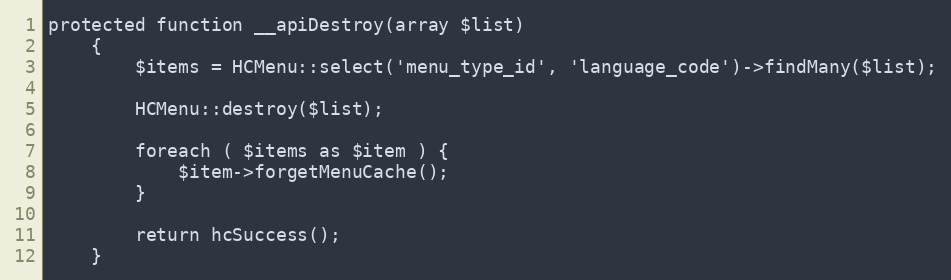
Language: PHP
protected function __apiDestroy(array $list)
    {
        $items = HCMenu::select('menu_type_id', 'language_code')->findMany($list);

        HCMenu::destroy($list);

        foreach ( $items as $item ) {
            $item->forgetMenuCache();
        }

        return hcSuccess();
    }